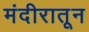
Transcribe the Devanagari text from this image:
मंदीरातून